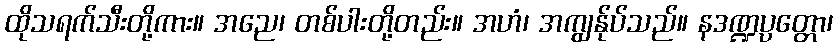
ထိုသရက်သီးတို့ကား။ အညေ၊ တစ်ပါးတို့တည်း။ အဟံ၊ အကျွန်ုပ်သည်။ နဒဏ္ဍပ္ပတ္တော၊